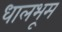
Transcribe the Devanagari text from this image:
धालभूम